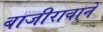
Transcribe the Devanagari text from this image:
बाजीरावानें